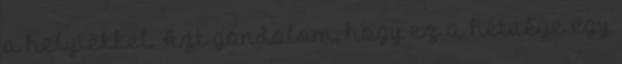
a helyiekkel. Azt gondolom, hogy ez a hétvége egy